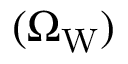
( \Omega _ { \mathrm { W } } )